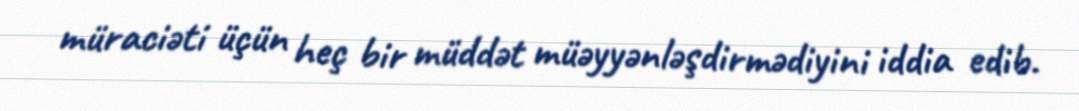
müraciəti üçün heç bir müddət müəyyənləşdirmədiyini iddia edib.